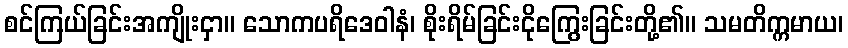
စင်ကြယ်ခြင်းအကျိုးငှာ။ သောကပရိဒေဝါနံ၊ စိုးရိမ်ခြင်းငိုကြွေးခြင်းတို့၏။ သမတိက္ကမာယ၊